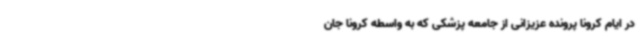
در ایام کرونا پرونده عزیزانی از جامعه پزشکی که به واسطه کرونا جان